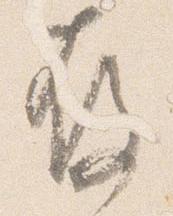
存